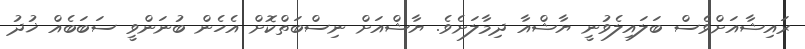
ރައިޝާއަށްވެސް ބަލައިލެވުނީ ޔާޝްއާ ދިމާލަށެވެ. ޔާޝްއަށް ނިސްބަތްކޮށް އެހެން ބުނަންވީ ސަބަބެއް ޚުދު